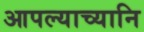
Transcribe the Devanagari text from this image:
आपल्याच्यानि